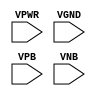
module sky130_fd_sc_ls__decaphe (
    VPWR,
    VGND,
    VPB ,
    VNB
);

    // Module ports
    input VPWR;
    input VGND;
    input VPB ;
    input VNB ;
     // No contents.
endmodule